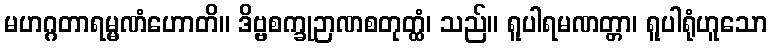
မဟဂ္ဂတာရမ္မဏံဟောတိ။ ဒိဗ္ဗစက္ခုဉာဏစတုတ္ထံ၊ သည်။ ရူပါရမဏတ္တာ၊ ရူပါရုံဟူသော